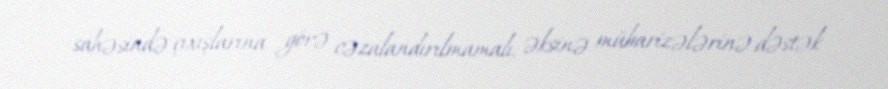
sahəsində çıxışlarına görə cəzalandırılmamalı, əksinə mübarizələrinə dəstək